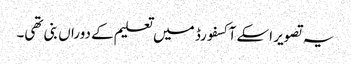
یہ تصویر اسکے آکسفورڈ میں تعلیم کے دوراں بنی تھی۔